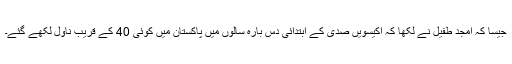
جیسا کہ امجد طفیل نے لکھا کہ اکیسویں صدی کے ابتدائی دس بارہ سالوں میں پاکستان میں کوئی 40 کے قریب ناول لکھے گئے۔